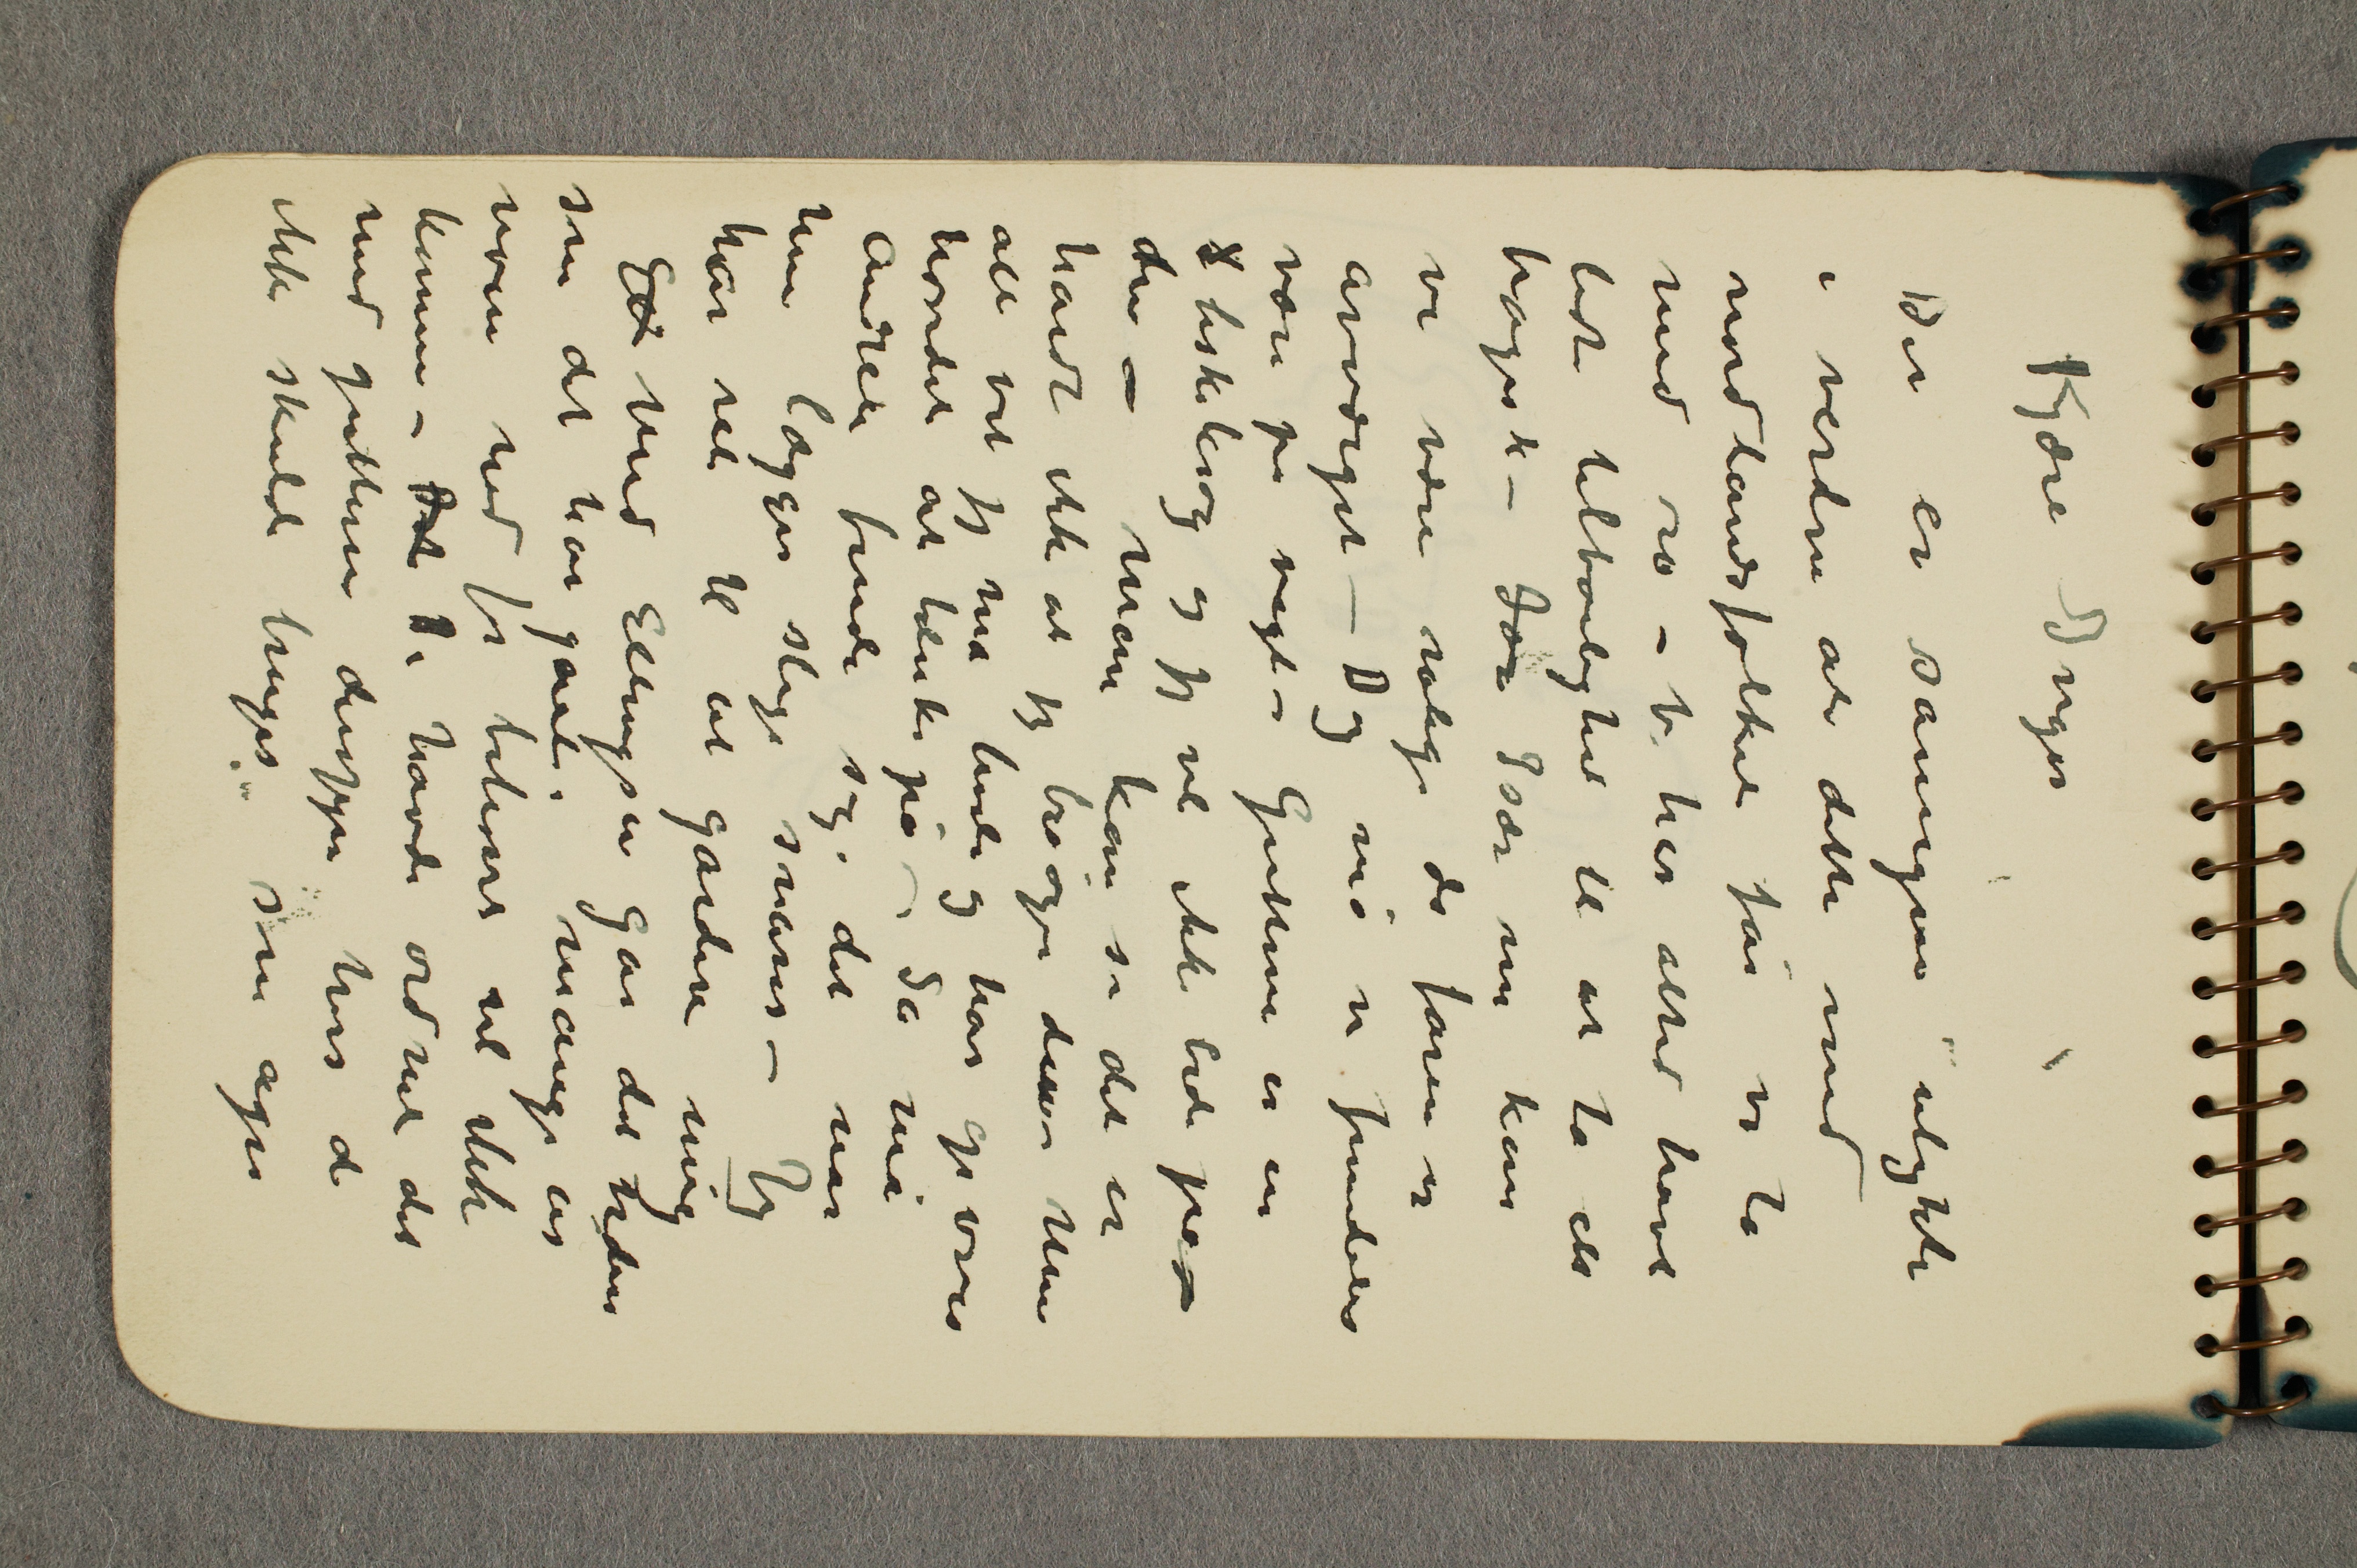
Kjære Inger
Det er såmegen ulykke
i verden at dette med
nordlandsfolket får vi ta
med ro – Vi har altid havt
lidt tilbøilighed til at ta alt
tragisk – I... Især nu kan
vi være rolige da faren er
avværget – Dog må vi fremdeles
være på vagt – Gutterne er en
... fiskekrog og jeg vil ikke bide på –
den – Man kan si det er
hardt ikke at jeg besøger dem – Men
all vet jeg må hvile og har opover
hovedet at tænke på – Så må
Andrea finde sig i det når
hun lægger slige snarer – Jeg
har ret til at gardere mig
El Med Ellingsen går det videre
som det har gået i mange år
noen nød for behøver vel ikke
komme – Det De havde ordnet det
med gutterne deroppe hvis de
ikke skulle bruges som agn